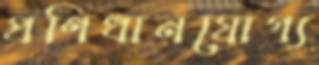
প্রণিধানযোগ্য